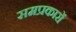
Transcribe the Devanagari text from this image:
समप्रकारों